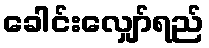
ခေါင်းလျှော်ရည်